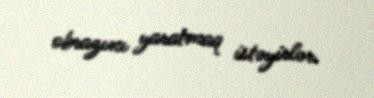
obrazını yaratmaq istəyirlər.